Annual report of the Punjab Veterinary College and of the Civil Veterinary Department, Punjab - 1920-1925
Year: 1920
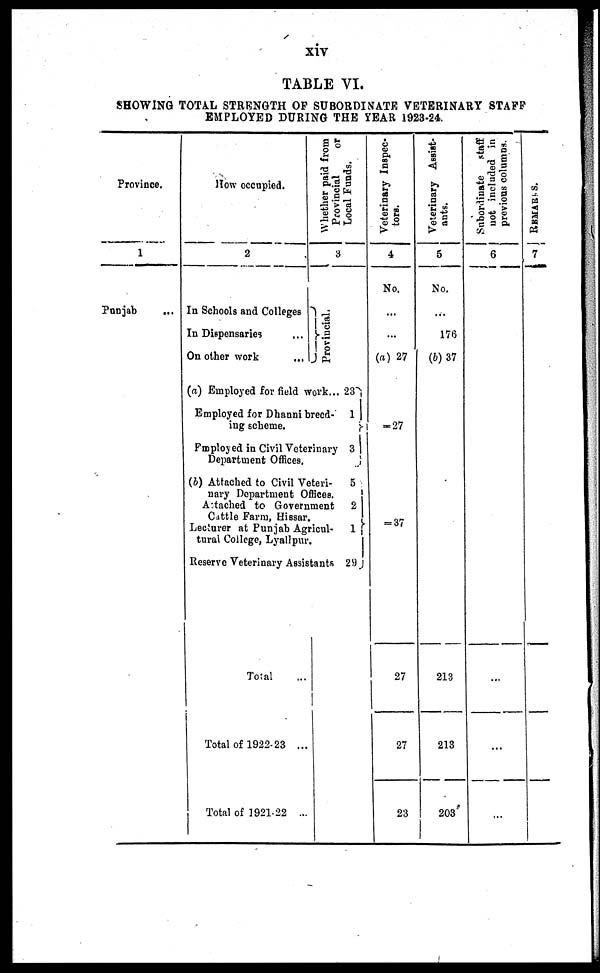
xiv
TABLE VI.
SHOWING TOTAL STRENGTH OF SUBORDINATE VETERINARY STAFF
EMPLOYED DURING THE YEAR 1928-24.
Province.
1
Punjab
...
How occupied.
2
In Schools and Colleges
In Dispensaries ...
On other work
...
Whether paid from
Provincial
or
Local Funds.
3
Provincial.
(a) Employed for field work...
Employed for Dhanni breed-
ing scheme.
Employed in Civil Veterinary
Department Offices.
(b) Attached to Civil Veteri-
nary Department Offices.
Attached to Government
Cattle Farm, Hissar.
Lecturer at Punjab Agricul-
tural College, Lyallpur.
Reserve Veterinary Assistants
Total
Total of 1922-23 ...
Total of 1921-22 ...
23
1
3
5
2
1
29
Veterinary Inspec-
tors.
4
No.
...
...
(a) 27
-27
-37
27
27
23
Veterinary Assist-
ants.
5
No.
...
176
(b) 37
213
213
203
Subordinste staff
n ot included in
previous columns.
6
...
...
...
...
REMARKS.
7